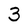
Character: 3